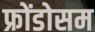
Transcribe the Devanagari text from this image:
फ्रोंडोसम